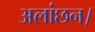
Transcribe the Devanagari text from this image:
अलांछन।